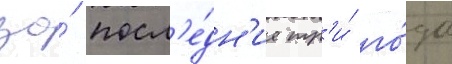
за́ посл'е́дн'ие тр'и́ го́да